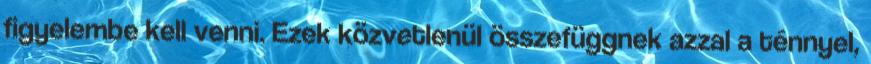
figyelembe kell venni. Ezek közvetlenül összefüggnek azzal a ténnyel,